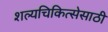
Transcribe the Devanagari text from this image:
शल्यचिकित्सेसाठी